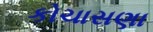
કોચાસણા